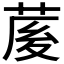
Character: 𦲘